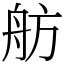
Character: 舫